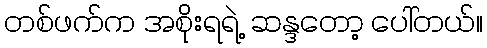
တစ်ဖက်က အစိုးရရဲ့ ဆန္ဒတော့ ပေါ်တယ်။